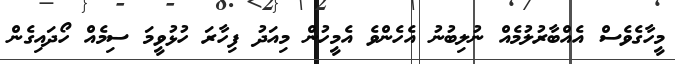
މީހާގެވެސް އެއްބާރުލުމެއް ނުލިބުނު އެހެންވެ އެމީހުން މިއަދު ފިހާރަ ހުޅުވީމަ ސިމެއް ހޯދައިގެން